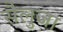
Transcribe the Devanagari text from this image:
सैलुजा